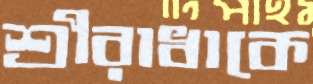
শ্রীরাধাকে